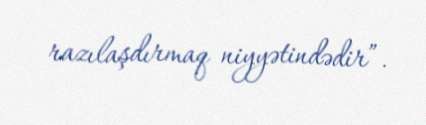
razılaşdırmaq niyyətindədir”.